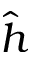
\hat { h }